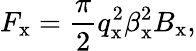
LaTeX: F_{\textrm{x}}=\frac{\pi}{2}q_{\textrm{x}}^{2}\beta_{\textrm{x}}^{2}B_{\textrm{x}},